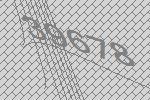
39678